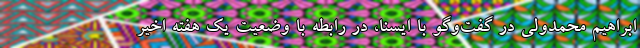
ابراهیم محمدولی در گفت‌وگو با ایسنا، در رابطه با وضعیت یک هفته اخیر